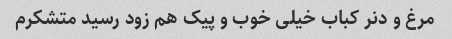
مرغ و دنر کباب خیلی خوب و پیک هم زود رسید متشکرم